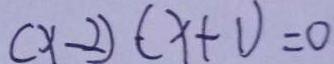
( x - 2 ) ( x + 1 ) = 0